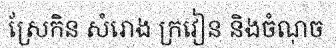
ស្រែកិន សំរោង ក្រវៀន និងចំណុច